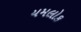
યમલોક